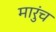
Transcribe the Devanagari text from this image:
मारुंच